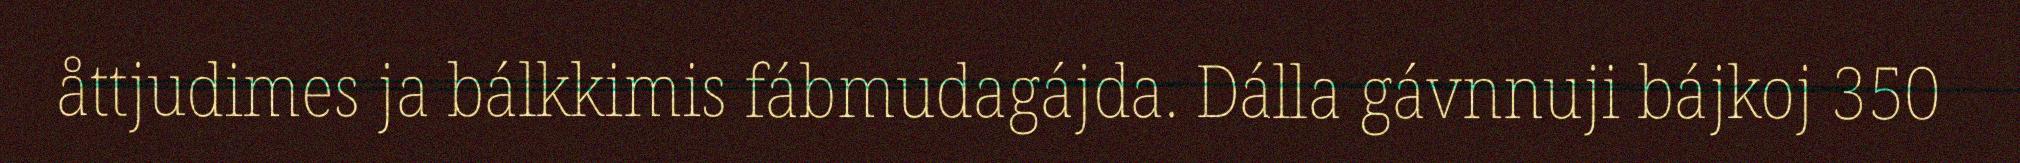
åttjudimes ja bálkkimis fábmudagájda. Dálla gávnnuji bájkoj 350